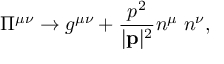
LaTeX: \Pi ^ { \mu \nu } \rightarrow g ^ { \mu \nu } + \frac { p ^ { 2 } } { | { \bf p } | ^ { 2 } } n ^ { \mu } \; n ^ { \nu } ,